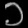
Digit: ၁